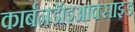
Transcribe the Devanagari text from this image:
कार्बनडॅाइआक्साइड